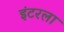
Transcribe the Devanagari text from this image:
इंटरला